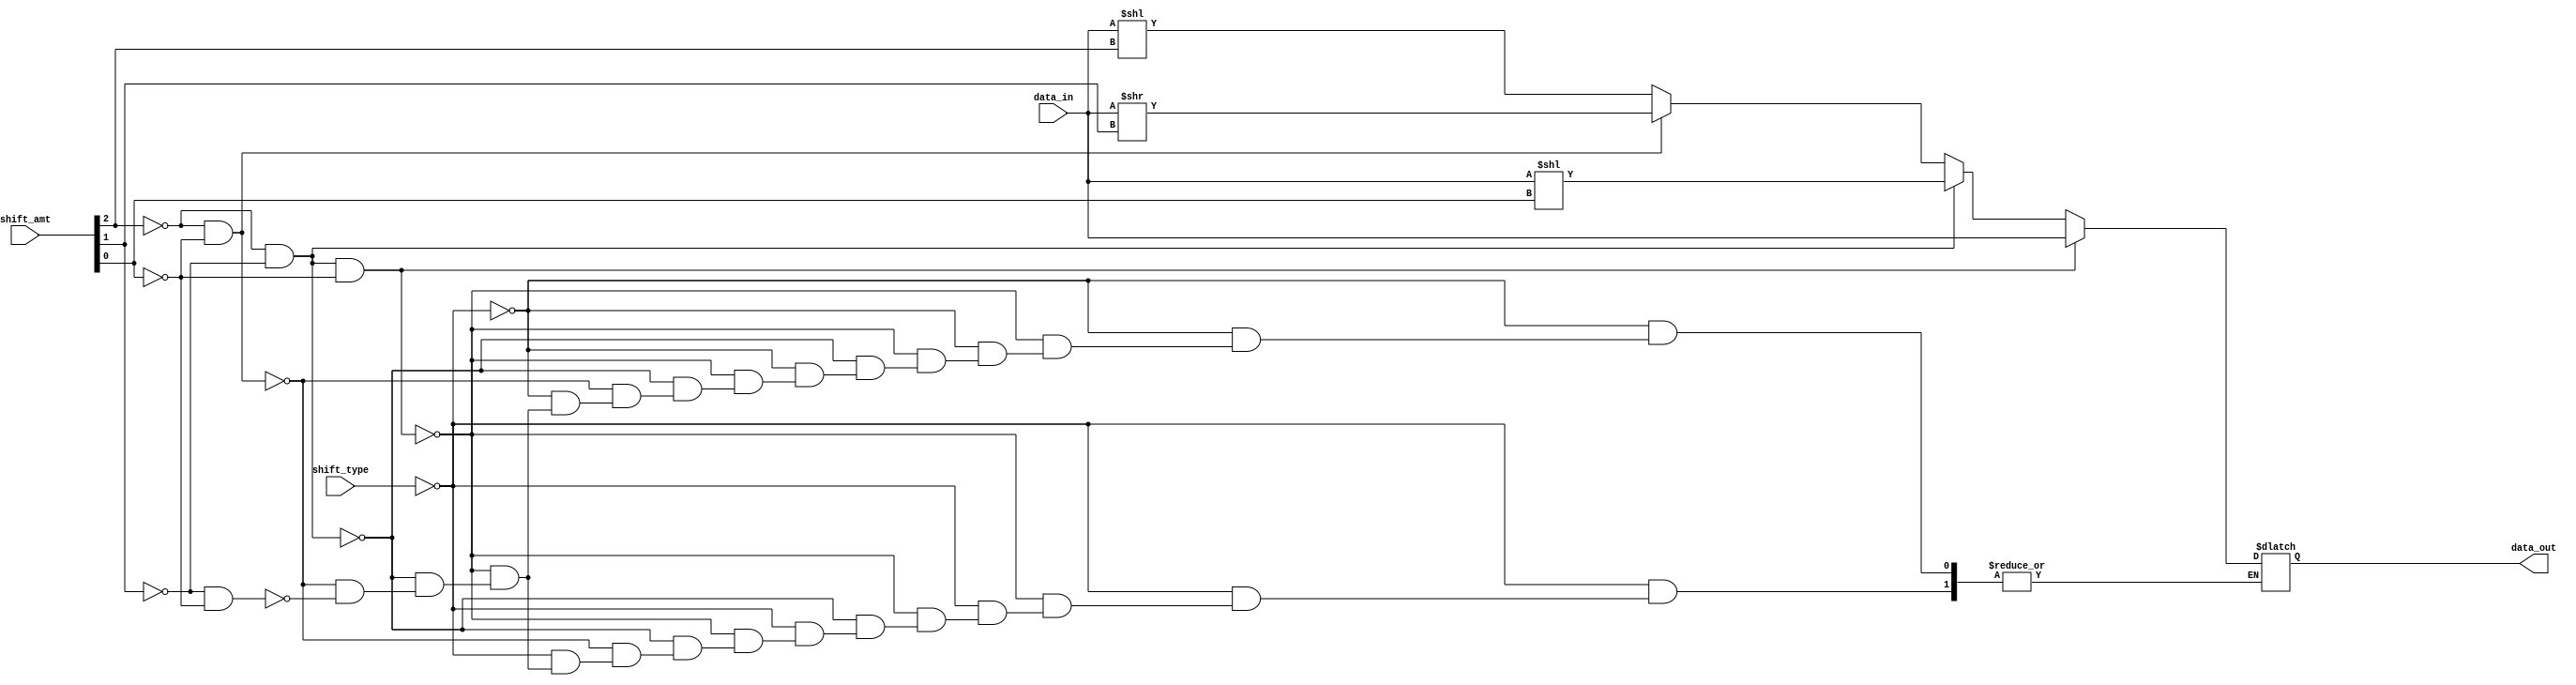
module barrel_shifter(
  input [7:0] data_in,
  input [2:0] shift_amt,
  input [1:0] shift_type,  // 0 for logical shift, 1 for arithmetic shift
  output reg [7:0] data_out
);

reg [7:0] shift_data;

always @(data_in, shift_amt, shift_type) begin
  if(shift_type == 0) begin
    // Logical shift
    if(shift_amt[2] == 0 && shift_amt[1] == 0 && shift_amt[0] == 0) begin
      shift_data = data_in;
    end else if(shift_amt[2] == 0 && shift_amt[1] == 0) begin
      shift_data = data_in << shift_amt[0];
    end else if(shift_amt[2] == 0 && shift_amt[0] == 0) begin
      shift_data = data_in >> shift_amt[1];
    end else if(shift_amt[1] == 0 && shift_amt[0] == 0) begin
      shift_data = data_in << shift_amt[2];
    end
  end else begin
    // Arithmetic shift
    if(shift_amt[2] == 0 && shift_amt[1] == 0 && shift_amt[0] == 0) begin
        shift_data = data_in;
    end else if(shift_amt[2] == 0 && shift_amt[1] == 0) begin
      shift_data = data_in << shift_amt[0];
    end else if(shift_amt[2] == 0 && shift_amt[0] == 0) begin
      shift_data = data_in >> shift_amt[1];
    end else if(shift_amt[1] == 0 && shift_amt[0] == 0) begin
      shift_data = data_in << shift_amt[2];
    end
  end
end

assign data_out = shift_data;

endmodule